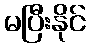
မပြီးနိုင်